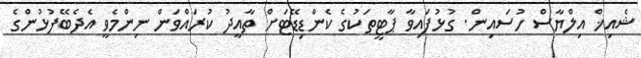
ޝެއިޚް އިލްޔާސް ހުސައިން. ގުޅުފައިވާ ޕާޓީތަކުގެ ކެންޑިޑޭޓަށް ތާއީދު ކުރައްވަން ނިންމެވީ އެދެބޭފުޅުންގެ